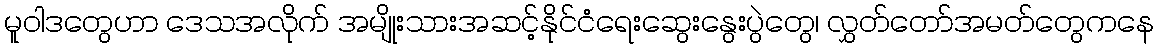
မူဝါဒတွေဟာ ဒေသအလိုက် အမျိုးသားအဆင့်နိုင်ငံရေးဆွေးနွေးပွဲတွေ၊ လွှတ်တော်အမတ်တွေကနေ